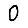
Digit: 0